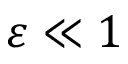
\varepsilon \ll 1